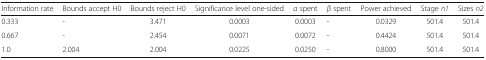
<table><thead><tr><td><b>Information rate</b></td><td><b>Bounds accept H0</b></td><td><b>Bounds reject H0</b></td><td><b>Significance level one-sided</b></td><td><b><i>α</i> spent</b></td><td><b><i>β</i> spent</b></td><td><b>Power achieved</b></td><td><b>Stage <i>n1</i></b></td><td><b>Sizes <i>n2</i></b></td></tr></thead><tbody><tr><td>0.333</td><td>-</td><td>3.471</td><td>0.0003</td><td>0.0003</td><td>-</td><td>0.0329</td><td>501.4</td><td>501.4</td></tr><tr><td>0.667</td><td>-</td><td>2.454</td><td>0.0071</td><td>0.0072</td><td>-</td><td>0.4424</td><td>501.4</td><td>501.4</td></tr><tr><td>1.0</td><td>2.004</td><td>2.004</td><td>0.0225</td><td>0.0250</td><td>-</td><td>0.8000</td><td>501.4</td><td>501.4</td></tr></tbody></table>